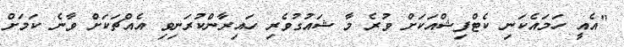
"އެއީ ހަމައެކަނި ކެޓްފިޝްއަކަށް ވުރެ މާ ޝައުގުވެރި ހައިރާންކުރަނިވި އެއްޗަކަށް ވާނެ ކަމަށް